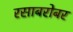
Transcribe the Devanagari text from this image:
रसाबरोबर